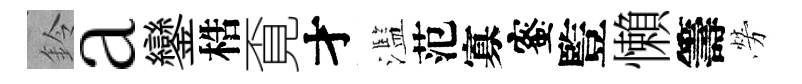
鈴a鑾梏覔才濫范寡蜜䜿懶籌勞